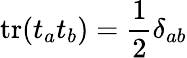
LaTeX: \mathrm{tr}(t_{a}t_{b})=\frac{1}{2}\delta_{ab}